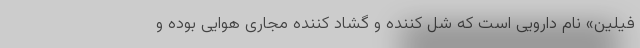
فیلین» نام دارویی است که شل کننده و گشاد کننده مجاری هوایی بوده و